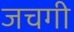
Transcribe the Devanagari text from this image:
जचगी